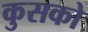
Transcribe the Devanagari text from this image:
कुसको